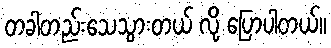
တခါတည်းသေသွားတယ် လို့ ပြောပါတယ်။